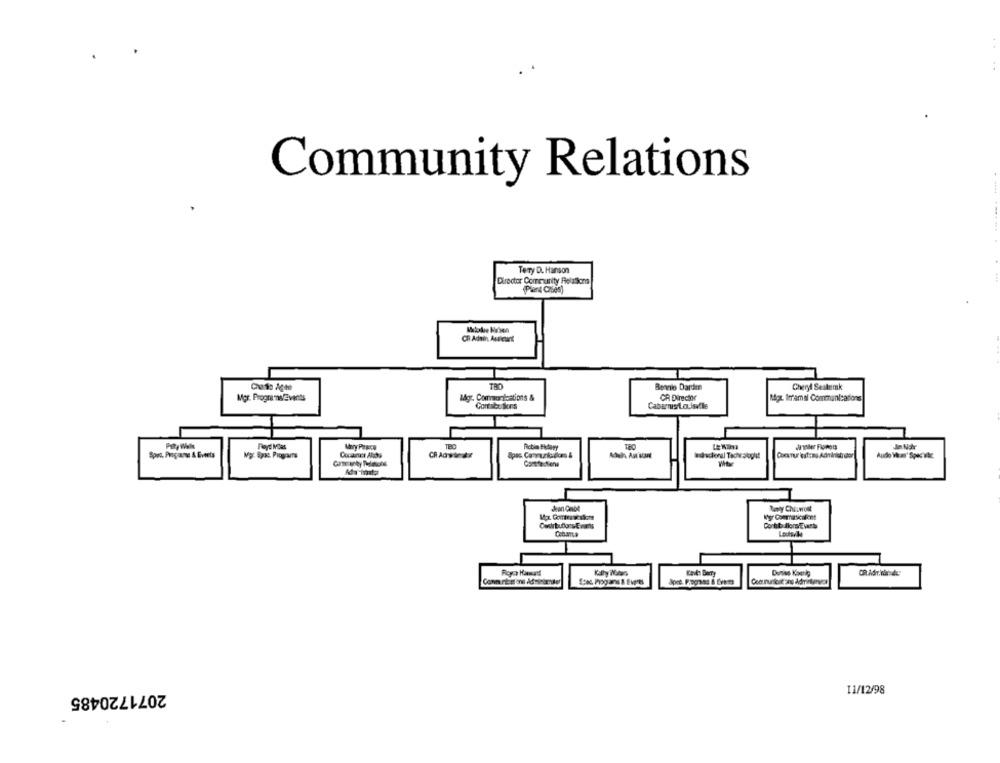
Community Relations
Tery D. Hanson
Director Community Relakers
(Plera Cióes)
CR Adsin Autetart
Chão Agte
Bennie Darden
Cheryl Sesterak
Mgr. Progra mas/Events
Commandostions &
CR Director
NAgr Imamal Communications
Cabarrus/Louisville
Mary Pagecu
Fictin Hetawy
Sont. Propane & Events
Spos Caryunidos &
CockTur est :ag Administr stor
Baly Chiaviost
Contib IlorsEvet
Cabarta
Kally ilGlass
Kav Berry
Spec Pagars & Evpres
2071720485
11/12/98